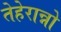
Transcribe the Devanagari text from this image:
तेहेरान्नो